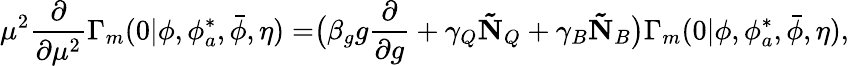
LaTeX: \mu^{2}\frac{\partial}{\partial\mu^{2}}\Gamma_{m}(0|\phi,\phi_{a}^{*},\bar{\phi},\eta)=\bigr(\beta_{g}g\frac{\partial}{\partial g}+\gamma_{Q}\mathbf{\tilde{N}}_{Q}+\gamma_{B}\mathbf{\tilde{N}}_{B}\bigr)\Gamma_{m}(0|\phi,\phi_{a}^{*},\bar{\phi},\eta),